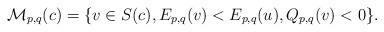
LaTeX: \begin{align*}\mathcal{M}_{p,q}(c)=\{v\in S(c), E_{p,q}(v)<E_{p,q}(u),Q_{p,q}(v)<0\}.\end{align*}